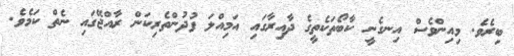
ބިރެވެ. މިއިންވެސް އިނގެނީ ކާބޯތަކެތީގެ ދާއިރާގައި އަމިއްލަ ފުދުންތެރިކަން ރާއްޖޭގައި ނެތް ކަމެވެ.